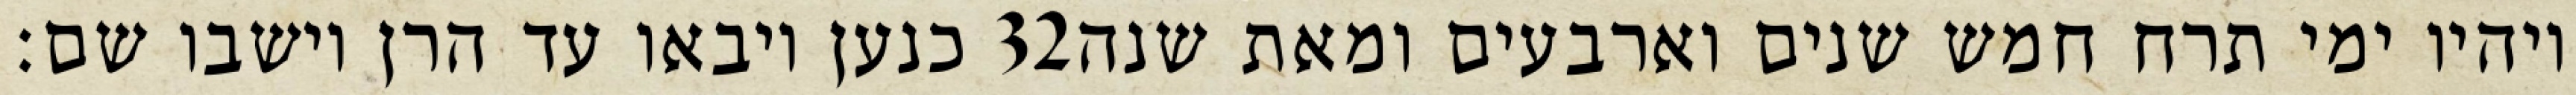
כנען ויבאו עד הרן וישבו שם׃ ‎32‏ ויהיו ימי תרח חמש שנים וארבעים ומאת שנה